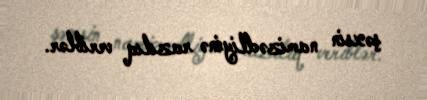
şəxsin namizədliyinə razılıq veriblər.